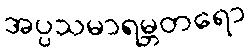
အပ္ပသမာရမ္ဘတရော